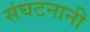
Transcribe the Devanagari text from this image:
संघटनानी